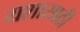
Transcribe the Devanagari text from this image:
यशासाठी